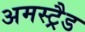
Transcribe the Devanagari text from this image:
अमस्ट्रैड